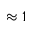
\approx 1